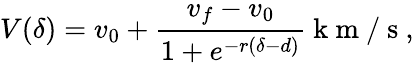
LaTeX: V(\delta)=v_{0}+\frac{v_{f}-v_{0}}{1+e^{-r(\delta-d)}}\mathrm{~k~m~/~s~},